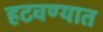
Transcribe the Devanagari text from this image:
हटवण्यात